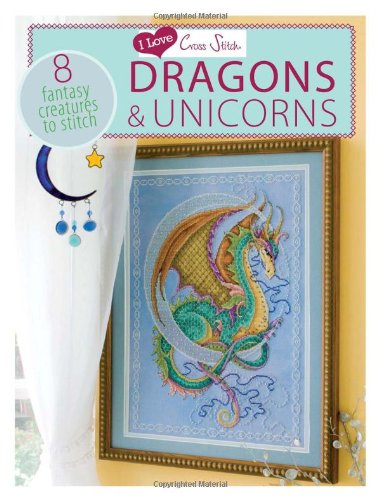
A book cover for I Love Cross Stitch Dragons & Unicorns: 8 Fantasy Creatures to Stitch; Various Contributors; Crafts, Hobbies & Home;